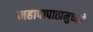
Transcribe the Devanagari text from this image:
महापापात्प्रमुच्यते